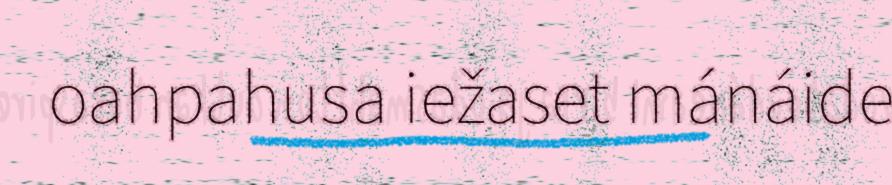
oahpahusa iežaset mánáide